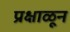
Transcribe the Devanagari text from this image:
प्रक्षाळून